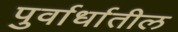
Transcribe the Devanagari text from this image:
पुर्वार्धातील